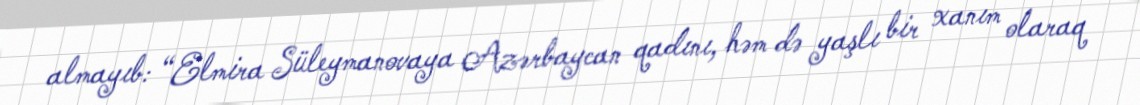
almayıb: “Elmira Süleymanovaya Azərbaycan qadını, həm də yaşlı bir xanım olaraq